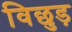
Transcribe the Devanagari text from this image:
विछुड़